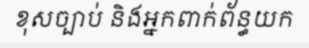
ខុសច្បាប់ និងអ្នកពាក់ព័ន្ធយក